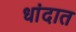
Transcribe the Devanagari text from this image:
धांदात